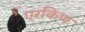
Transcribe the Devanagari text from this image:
एरकिण